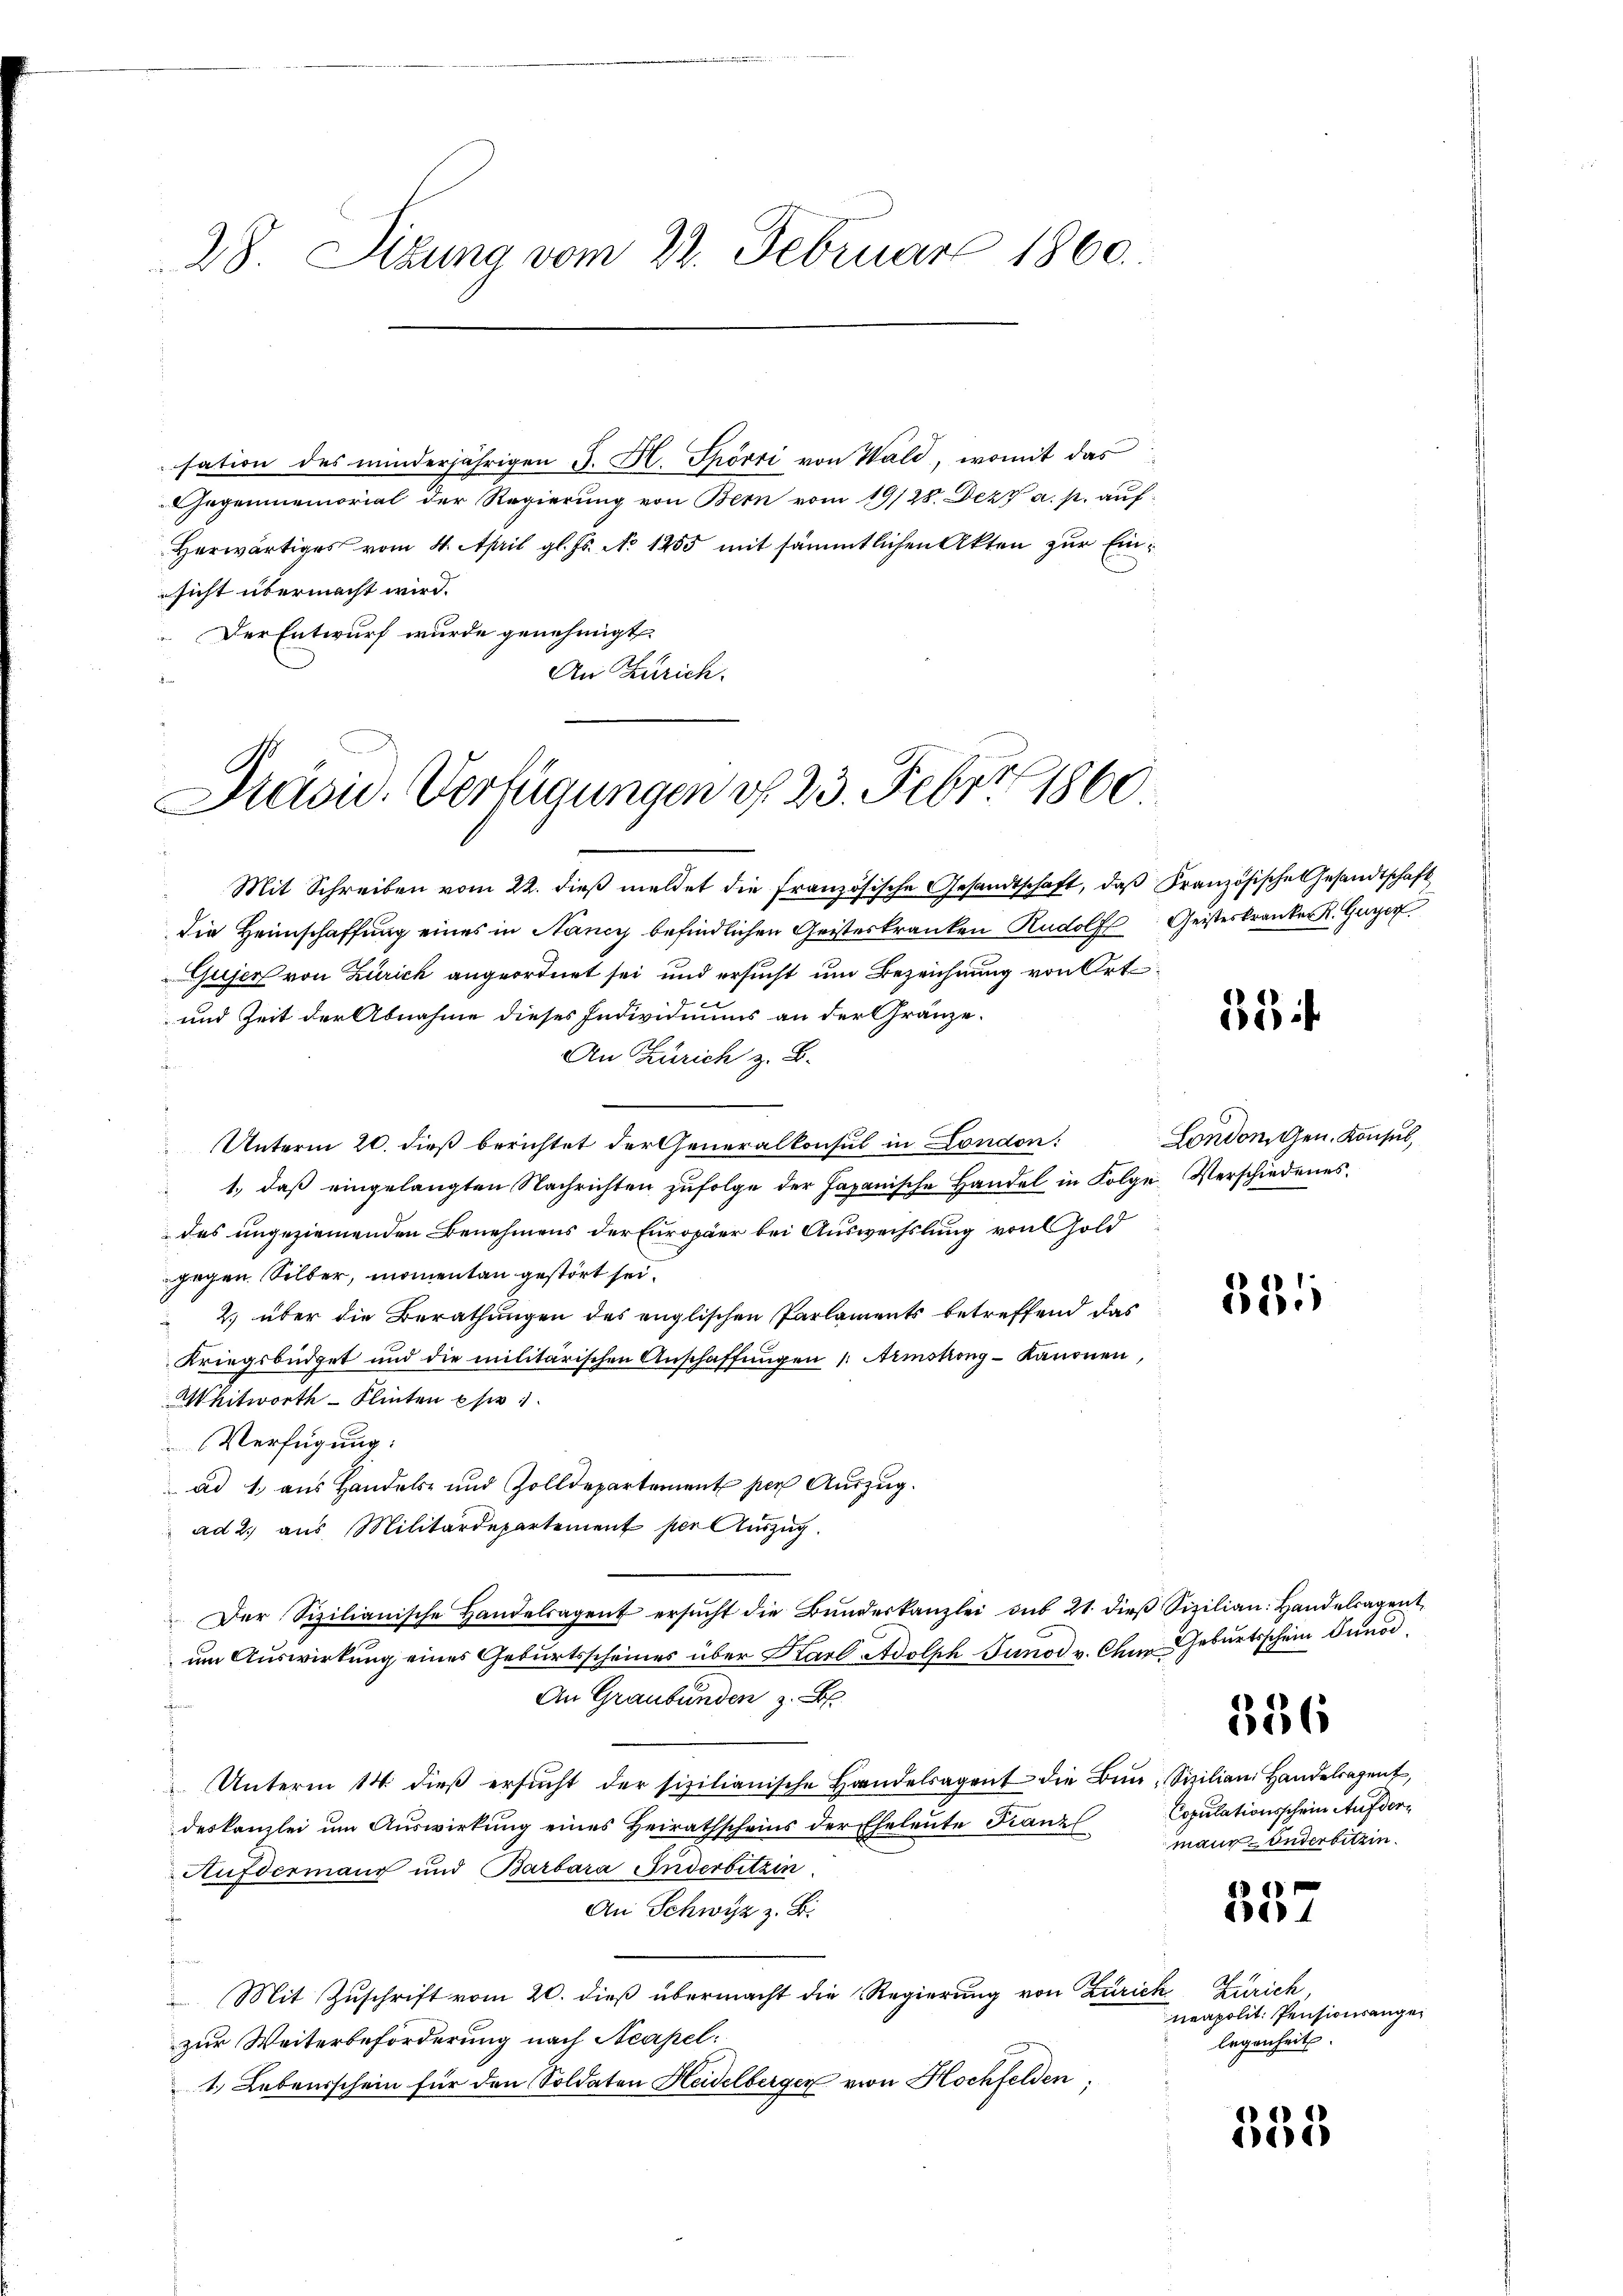
28. Sitzung vom 22. Februar 1860.

sation des minderjährigen J. H. Spörri von Wald, womit das
Gegenmemorial der Regierung von Bern vom 19/28. Dezz a. p. auf-
Herwärtiges vom 4. April gl. Fs. No 1255 mit sämmtlichen Akten zur Einsicht übermacht wird.
Der Entwurf wurde genehmigt.
An Zürich.

Präsid. Verfügungen d. 23. Febr. 1860

Mit Schreiben vom 22. dieß meldet die französische Gesandtschaft, daß Französische Gesandtschaft
die Heimschaffung eines in Nancy befindlichen Geisteskranken Rudolf Geisteskranker K. Guyer
Gujer von Zürich angeordnet sei und ersucht um Bezeichnung von Ort¬
und Zeit der Abnahme dieses Individuums an der Gränze.
An Zürich z. B.
d
Unterm 20. dieß berichtet der Generalkonsul in London:
1., daß eingelangten Nachrichten zufolge der Japanische Handel in Folge Verschiedenes.
des ungeziemenden Benehmens der Europäer bei Auswechslung von Gold
gegen Silber, momentan gestört sei.
 2.) über die Berathungen des englischen Parlaments betreffend das
Kriegsbüdget und die militärischen Anschaffungen /: Armskong-kanonen,
Whitworth - Klinten sie
Verfügung:
 ad 1. aus Handels- und Zolldepartement per Auszug.
ad 2. aus Militärdepartement per Auszug.
Der Sizilianische Handelsagent ersŭcht die Bŭndeskanzlei aus 21. dieβ Sizilian: Handelsagent
um Auswirkung eines Geburtsscheines über Karl Adolph Junod v. Ohne Geburtsschein Gunod
An Graubünden z. B.
Unterm 14. dieβ ersŭcht der sizilianische Handelsagent die Bŭn-Sizilian Handelsagent,
deskanzlei um Auswirkung eines Heirathscheins der Eheleute Franz
Aufdermann und Barbara Enderbitzin.
An Schwyz z. B.
Mit Zuschrift vom 20. dieß übermacht die Regierung von Zürick
zur Weiterbeforderung nach Neapel
1. Lebensschein für den Soldaten Heidelberger von Hochfelden,

53 f.

London, Gen. Konsul,

32

356

Copulationsschein Aufdermaur, Enderbitzin

11
134

335

2

Zürich
neapolit. Pensionsangelegenheit.